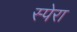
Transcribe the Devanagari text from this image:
स्पेरा